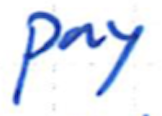
Text: pay
Cross-out: clean
Writing tool: ballpoint